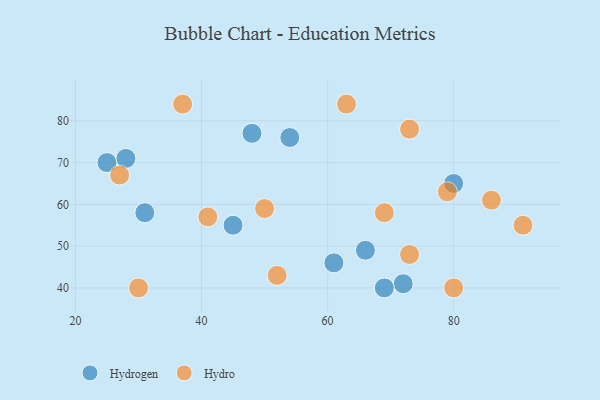
{"axis": {"x": "GDP", "y": "Life Expectancy"}, "legend": ["Hydro", "Hydrogen"], "data": [{"x": "54", "y": 76, "type": "Hydrogen"}, {"x": "25", "y": 70, "type": "Hydrogen"}, {"x": "28", "y": 71, "type": "Hydrogen"}, {"x": "72", "y": 41, "type": "Hydrogen"}, {"x": "31", "y": 58, "type": "Hydrogen"}, {"x": "66", "y": 49, "type": "Hydrogen"}, {"x": "61", "y": 46, "type": "Hydrogen"}, {"x": "69", "y": 40, "type": "Hydrogen"}, {"x": "45", "y": 55, "type": "Hydrogen"}, {"x": "48", "y": 77, "type": "Hydrogen"}, {"x": "80", "y": 65, "type": "Hydrogen"}, {"x": "73", "y": 48, "type": "Hydro"}, {"x": "69", "y": 58, "type": "Hydro"}, {"x": "79", "y": 63, "type": "Hydro"}, {"x": "50", "y": 59, "type": "Hydro"}, {"x": "91", "y": 55, "type": "Hydro"}, {"x": "80", "y": 40, "type": "Hydro"}, {"x": "37", "y": 84, "type": "Hydro"}, {"x": "52", "y": 43, "type": "Hydro"}, {"x": "41", "y": 57, "type": "Hydro"}, {"x": "73", "y": 78, "type": "Hydro"}, {"x": "63", "y": 84, "type": "Hydro"}, {"x": "86", "y": 61, "type": "Hydro"}, {"x": "30", "y": 40, "type": "Hydro"}, {"x": "27", "y": 67, "type": "Hydro"}]}